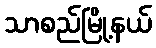
သာစည်မြို့နယ်